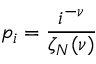
p _ { i } = \frac { i ^ { - \nu } } { \zeta _ { N } ( \nu ) }